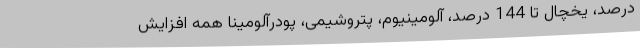
درصد، یخچال تا 144 درصد، آلومینیوم، پتروشیمی، پودرآلومینا همه افزایش